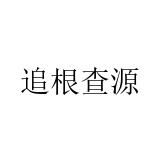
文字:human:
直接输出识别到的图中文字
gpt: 追根查源